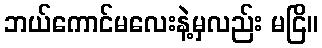
ဘယ်ကောင်မလေးနဲ့မှလည်း မငြိ။